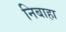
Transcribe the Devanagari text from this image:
निबाहा